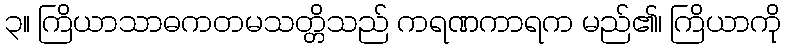
၃။ ကြိယာသာဓကတမသတ္တိသည် ကရဏကာရက မည်၏၊ ကြိယာကို